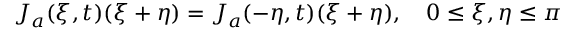
J _ { a } ( \xi , t ) \d ( \xi + \eta ) = J _ { a } ( - \eta , t ) \d ( \xi + \eta ) , \quad 0 \le \xi , \eta \le \pi